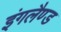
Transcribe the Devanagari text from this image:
इंगलैण्‍ड